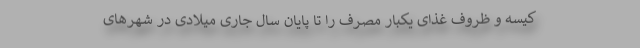
کیسه و ظروف غذای یکبار مصرف را تا پایان سال جاری میلادی در شهرهای